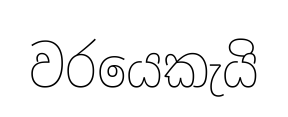
වරයෙකැයි